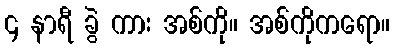
၄ နာရီ ခွဲ ကား အစ်ကို။ အစ်ကိုကရော။